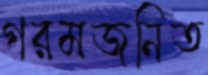
গরমজনিত